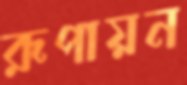
রূপায়ন